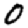
Digit: 0